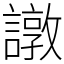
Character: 譈